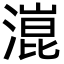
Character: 潉